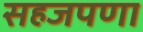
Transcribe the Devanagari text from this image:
सहजपणा